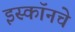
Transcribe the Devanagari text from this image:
इस्कॉनचे